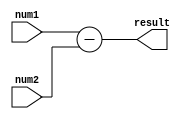
module Subtractor (
    input wire [7:0] num1,
    input wire [7:0] num2,
    output wire [7:0] result
);

reg [7:0] reg_num1;
reg [7:0] reg_num2;
reg [7:0] reg_result;

always @(num1)
    reg_num1 <= num1;

always @(num2)
    reg_num2 <= num2;

// Subtractor module
always @(*)
    reg_result <= reg_num1 - reg_num2;

assign result = reg_result;

endmodule